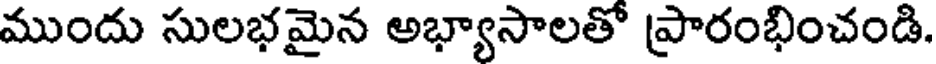
ముందు సులభమైన అభ్యాసాలతో ప్రారంభించండి.